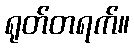
ရုတ်တရက်။